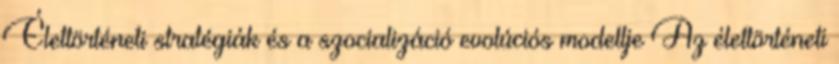
Élettörténeti stratégiák és a szocializáció evolúciós modellje Az élettörténeti